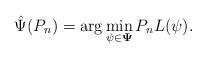
LaTeX: \begin{align*}\hat{\Psi}(P_n)=\arg\min_{\psi\in {\bf \Psi}}P_n L(\psi).\end{align*}